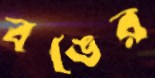
বঙের